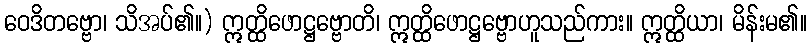
ဝေဒိတဗ္ဗော၊ သိအပ်၏။) ဣတ္ထိဖောဋ္ဌဗ္ဗောတိ၊ ဣတ္ထိဖောဋ္ဌဗ္ဗောဟူသည်ကား။ ဣတ္ထိယာ၊ မိန်းမ၏။